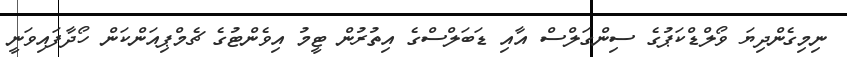
ނިމިގެންދިޔަ ވޯލްޑްކަޕުގެ ސިންގަލްސް އާއި ޑަބަލްސްގެ އިތުރުން ޓީމު އިވެންޓުގެ ޗެމްޕިއަންކަން ހޯދާފައިވަނީ